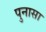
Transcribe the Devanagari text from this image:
पुनासा